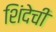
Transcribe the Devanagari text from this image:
शिंदेची